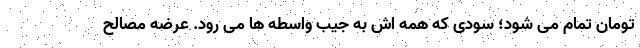
تومان تمام می شود؛ سودی که همه اش به جیب واسطه ها می رود. عرضه مصالح